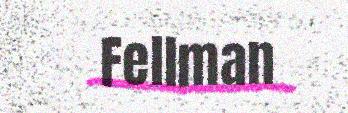
Fellman